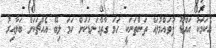
އެކަަމަކު އައްޑޫ ފުވައްމުލައް ތަންތަނަކީ ހަމަ ގާތްގަނޑަކަށް ހަމަ ލިބޭ އެއްޗަކަށް ބަލާއިރު